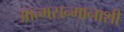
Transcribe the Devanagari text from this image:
आत्मसन्मानाशी